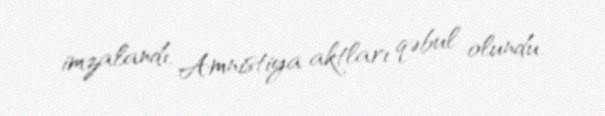
imzalandı, Amnistiya aktları qəbul olundu.